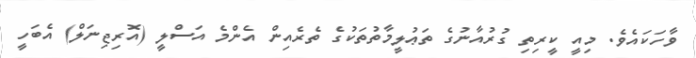
ވާހަކައެވެ. މިއީ ކީރިތި ގުރުއާނުގެ ތަޢުލީމާތުތަކުގެ ތެރެއިން އެންމެ އަސްލީ (އޮރިޖިނަލް) އެބަހީ